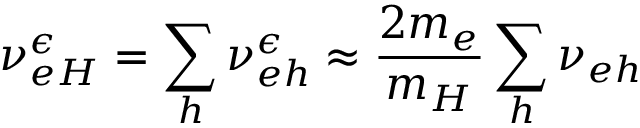
{ \nu _ { e H } ^ { \epsilon } = \sum _ { h } { \nu } _ { e h } ^ { \epsilon } \approx \frac { 2 m _ { e } } { m _ { H } } \sum _ { h } { \nu } _ { e h } }